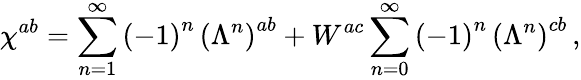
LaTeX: \chi^{ab}=\sum_{n=1}^{\infty}\left(-1\right)^{n}\, \left(\Lambda^{n}\right)^{ab}+W^{ac}\sum_{n=0}^{\infty}\left(-1\right)^{n}\, \left(\Lambda^{n}\right)^{cb}\, ,